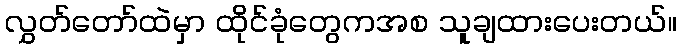
လွှတ်တော်ထဲမှာ ထိုင်ခုံတွေကအစ သူချထားပေးတယ်။